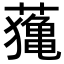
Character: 𦿷